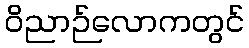
ဝိညာဉ်လောကတွင်